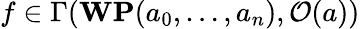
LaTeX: f\in\Gamma({\textbf{WP}}(a_{0},\ldots,a_{n}),{\mathcal{O}}(a))